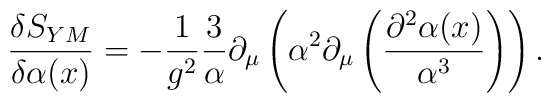
\frac{\delta S_{YM}}{\delta \alpha (x)}  =-\frac{1}{g^2}\frac{3}{\alpha }  \partial _\mu  \left(\alpha ^2\partial _\mu  \left(\frac{\partial ^2\alpha (x)}{\alpha ^3}\right)\right).